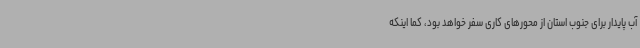
آب پایدار برای جنوب استان از محورهای کاری سفر خواهد بود، کما اینکه